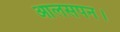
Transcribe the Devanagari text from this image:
आलसपन।